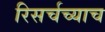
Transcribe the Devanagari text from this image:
रिसर्चच्याच